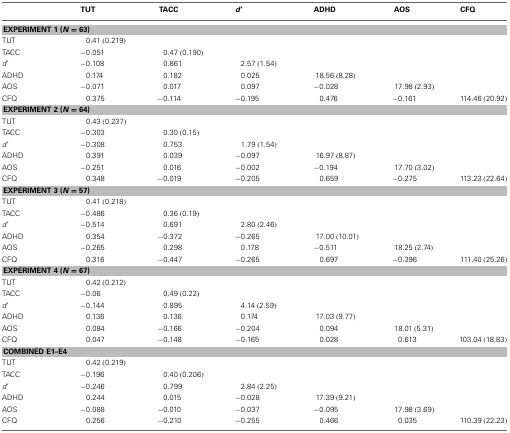
<table><thead><tr><td></td><td><b>TUT</b></td><td><b>TACC</b></td><td><b><i>d</i>&#x27;</b></td><td><b>ADHD</b></td><td><b>AOS</b></td><td><b>CFQ</b></td></tr></thead><tbody><tr><td colspan="7"><b>EXPERIMENT 1 (<i>N</i> = 63)</b></td></tr><tr><td>TUT</td><td>0.41 (0.219)</td><td></td><td></td><td></td><td></td><td></td></tr><tr><td>TACC</td><td>−0.051</td><td>0.47 (0.190)</td><td></td><td></td><td></td><td></td></tr><tr><td><i>d</i>&#x27;</td><td>−0.108</td><td>0.861</td><td>2.57 (1.54)</td><td></td><td></td><td></td></tr><tr><td>ADHD</td><td>0.174</td><td>0.182</td><td>0.025</td><td>18.56 (8.28)</td><td></td><td></td></tr><tr><td>AOS</td><td>−0.071</td><td>0.017</td><td>0.097</td><td>−0.028</td><td>17.98 (2.93)</td><td></td></tr><tr><td>CFQ</td><td>0.375</td><td>−0.114</td><td>−0.195</td><td>0.476</td><td>−0.161</td><td>114.46 (20.92)</td></tr><tr><td colspan="7"><b>EXPERIMENT 2 (<i>N</i> = 64)</b></td></tr><tr><td>TUT</td><td>0.43 (0.237)</td><td></td><td></td><td></td><td></td><td></td></tr><tr><td>TACC</td><td>−0.303</td><td>0.30 (0.15)</td><td></td><td></td><td></td><td></td></tr><tr><td><i>d</i>&#x27;</td><td>−0.308</td><td>0.753</td><td>1.79 (1.54)</td><td></td><td></td><td></td></tr><tr><td>ADHD</td><td>0.391</td><td>0.039</td><td>−0.097</td><td>16.97 (8.87)</td><td></td><td></td></tr><tr><td>AOS</td><td>−0.251</td><td>0.016</td><td>−0.002</td><td>−0.194</td><td>17.70 (3.02)</td><td></td></tr><tr><td>CFQ</td><td>0.348</td><td>−0.019</td><td>−0.205</td><td>0.659</td><td>−0.275</td><td>113.23 (22.64)</td></tr><tr><td colspan="7"><b>EXPERIMENT 3 (<i>N</i> = 57)</b></td></tr><tr><td>TUT</td><td>0.41 (0.218)</td><td></td><td></td><td></td><td></td><td></td></tr><tr><td>TACC</td><td>−0.486</td><td>0.36 (0.19)</td><td></td><td></td><td></td><td></td></tr><tr><td><i>d</i>&#x27;</td><td>−0.514</td><td>0.691</td><td>2.80 (2.46)</td><td></td><td></td><td></td></tr><tr><td>ADHD</td><td>0.354</td><td>−0.372</td><td>−0.265</td><td>17.00 (10.01)</td><td></td><td></td></tr><tr><td>AOS</td><td>−0.265</td><td>0.298</td><td>0.178</td><td>−0.511</td><td>18.25 (2.74)</td><td></td></tr><tr><td>CFQ</td><td>0.316</td><td>−0.447</td><td>−0.265</td><td>0.697</td><td>−0.396</td><td>111.40 (25.26)</td></tr><tr><td colspan="7"><b>EXPERIMENT 4 (<i>N</i> = 67)</b></td></tr><tr><td>TUT</td><td>0.42 (0.212)</td><td></td><td></td><td></td><td></td><td></td></tr><tr><td>TACC</td><td>−0.06</td><td>0.49 (0.22)</td><td></td><td></td><td></td><td></td></tr><tr><td><i>d</i>&#x27;</td><td>−0.144</td><td>0.895</td><td>4.14 (2.59)</td><td></td><td></td><td></td></tr><tr><td>ADHD</td><td>0.136</td><td>0.136</td><td>0.174</td><td>17.03 (9.77)</td><td></td><td></td></tr><tr><td>AOS</td><td>0.084</td><td>−0.166</td><td>−0.204</td><td>0.094</td><td>18.01 (5.31)</td><td></td></tr><tr><td>CFQ</td><td>0.047</td><td>−0.148</td><td>−0.165</td><td>0.028</td><td>0.613</td><td>103.04 (18.83)</td></tr><tr><td colspan="7"><b>COMBINED E1–E4</b></td></tr><tr><td>TUT</td><td>0.42 (0.219)</td><td></td><td></td><td></td><td></td><td></td></tr><tr><td>TACC</td><td>−0.196</td><td>0.40 (0.206)</td><td></td><td></td><td></td><td></td></tr><tr><td><i>d</i>&#x27;</td><td>−0.246</td><td>0.799</td><td>2.84 (2.25)</td><td></td><td></td><td></td></tr><tr><td>ADHD</td><td>0.244</td><td>0.015</td><td>−0.028</td><td>17.39 (9.21)</td><td></td><td></td></tr><tr><td>AOS</td><td>−0.088</td><td>−0.010</td><td>−0.037</td><td>−0.095</td><td>17.98 (3.69)</td><td></td></tr><tr><td>CFQ</td><td>0.256</td><td>−0.210</td><td>−0.255</td><td>0.466</td><td>0.035</td><td>110.39 (22.23)</td></tr></tbody></table>